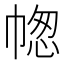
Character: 𢃭